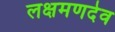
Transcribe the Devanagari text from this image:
लक्षमणदेव